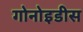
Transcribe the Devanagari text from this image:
गोनोइडीस